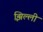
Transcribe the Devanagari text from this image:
झिल्‍ली